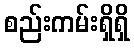
စည်းကမ်းရှိရှိ